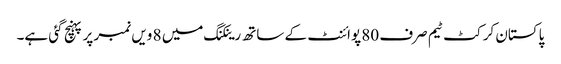
پاکستان کرکٹ ٹیم صرف 80 پوائنٹ کے ساتھ رینکنگ میں 8 ویں نمبر پر پہنچ گئی ہے۔